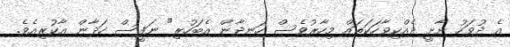
އެ ދުވަހު ށާށީ ދެއްކިވާހަކަތައް މިހާރުވެސް ހަނދާން އެބަހުރި" ނަފީސް ހަދާން އާކުރިއެވެ.